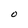
Character: O